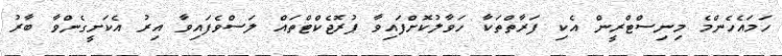
ހަމައެހެންމެ މިނިސްޓްރީން އެކި ފަރާތްތަކާ ހަވާލުކޮށްފައިވާ ޕުރޮޖެކްޓްތައް ލަސްވެފައިވާ އިރު އެކަށީގެންވާ ބާރު